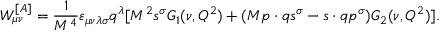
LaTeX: W _ { \mu \nu } ^ { [ A ] } = \frac { 1 } { M ^ { 4 } } \varepsilon _ { \mu \nu \lambda \sigma } q ^ { \lambda } [ M ^ { 2 } s ^ { \sigma } G _ { 1 } ( \nu , Q ^ { 2 } ) + ( M p \cdot q s ^ { \sigma } - s \cdot q p ^ { \sigma } ) G _ { 2 } ( \nu , Q ^ { 2 } ) ] .